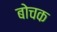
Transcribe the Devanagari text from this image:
बोचक